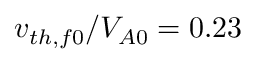
v _ { t h , f 0 } / V _ { A 0 } = 0 . 2 3